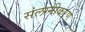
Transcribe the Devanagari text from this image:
संलग्नीकरण